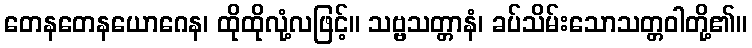
တေနတေနယောဂေန၊ ထိုထိုလုံ့လဖြင့်။ သဗ္ဗသတ္တာနံ၊ ခပ်သိမ်းသောသတ္တဝါတို့၏။